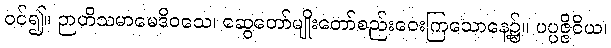
ဝင်၍။ ဉာတိသမာမေဒိဝသေ၊ ဆွေတော်မျိုးတော်စည်းဝေးကြသောနေ့၌။ ပပ္ပဇ္ဇိဝိယ၊